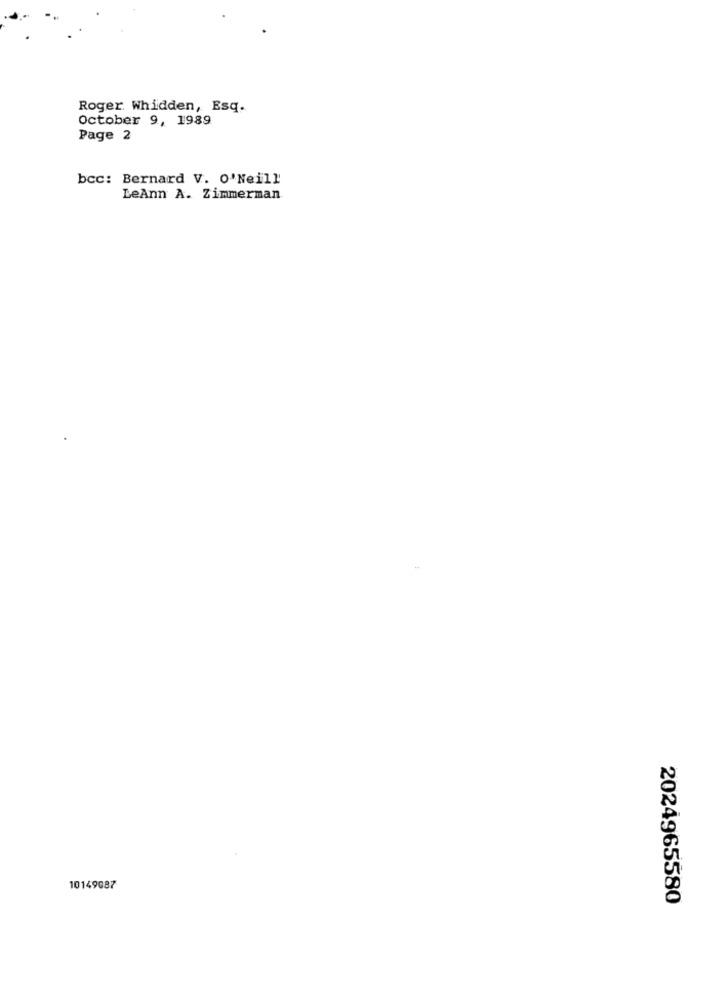
Roger Whidden, Esq.
October 9, 1989
Page 2
bcc: Bernard V. O'Neill
LeAnn A. Zimmerman
10149087
2024965580